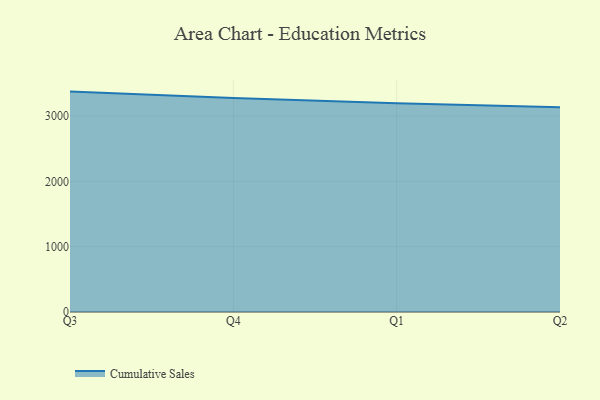
{"axis": {"x": "Quarter", "y": "Customer Acquisition Cost (USD)"}, "legend": ["Cumulative Sales"], "data": [{"x": "Q3", "y": 3373.1, "type": "Cumulative Sales"}, {"x": "Q4", "y": 3277.0, "type": "Cumulative Sales"}, {"x": "Q1", "y": 3195.4, "type": "Cumulative Sales"}, {"x": "Q2", "y": 3132.2, "type": "Cumulative Sales"}]}